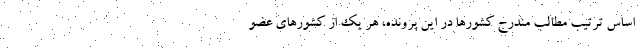
اساس ترتیب مطالبِ مندرج کشورها در این پرونده، هر یک از کشورهای عضوِ